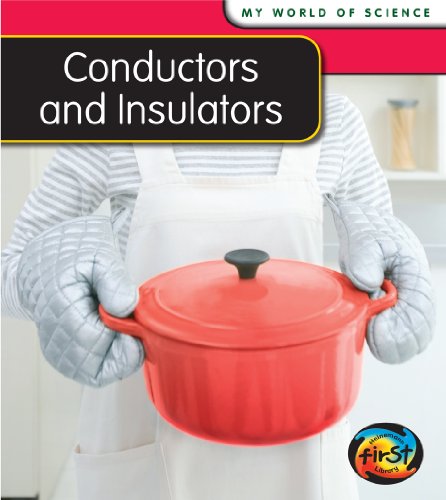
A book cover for Conductors and Insulators (My World Of Science); Angela Royston; Children's Books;